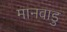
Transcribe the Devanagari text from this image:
मानवाडु